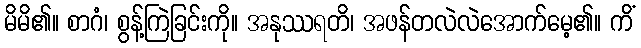
မိမိ၏။ စာဂံ၊ စွန့်ကြဲခြင်းကို။ အနုဿရတိ၊ အဖန်တလဲလဲအောက်မေ့၏။ ကိံ